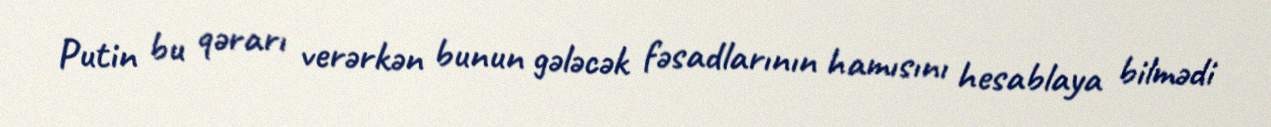
Putin bu qərarı verərkən bunun gələcək fəsadlarının hamısını hesablaya bilmədi